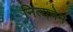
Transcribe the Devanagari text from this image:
नित्यनेम